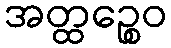
အတ္ထဉ္စေဝ